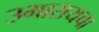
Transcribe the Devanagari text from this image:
उभारायचा